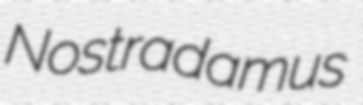
Nostradamus